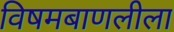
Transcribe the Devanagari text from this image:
विषमबाणलीला